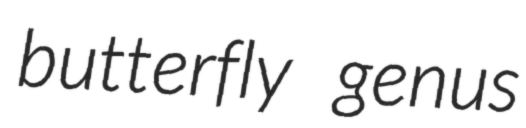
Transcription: butterfly genus